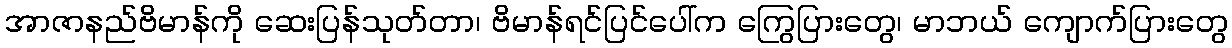
အာဇာနည်ဗိမာန်ကို ဆေးပြန်သုတ်တာ၊ ဗိမာန်ရင်ပြင်ပေါ်က ကြွေပြားတွေ၊ မာဘယ် ကျောက်ပြားတွေ